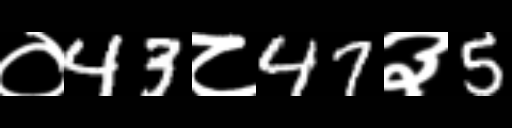
Text: ०43८47३5